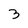
Character: 3